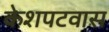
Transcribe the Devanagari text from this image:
केशपटवास